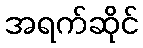
အရက်ဆိုင်